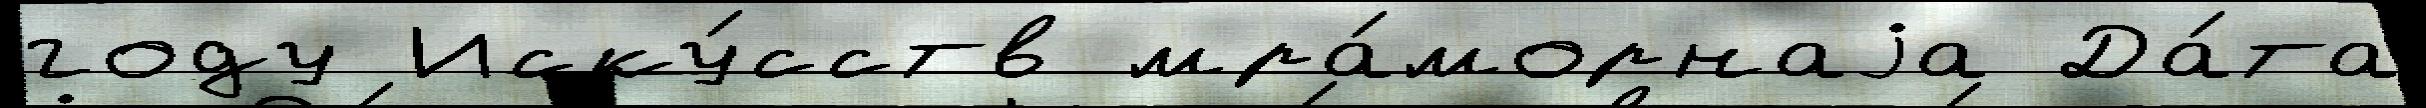
году Иску́сств мра́морнаjа Да́та